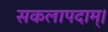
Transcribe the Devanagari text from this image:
सकलापदाम्‌।